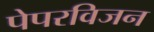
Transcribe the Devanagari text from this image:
पेपरविजन